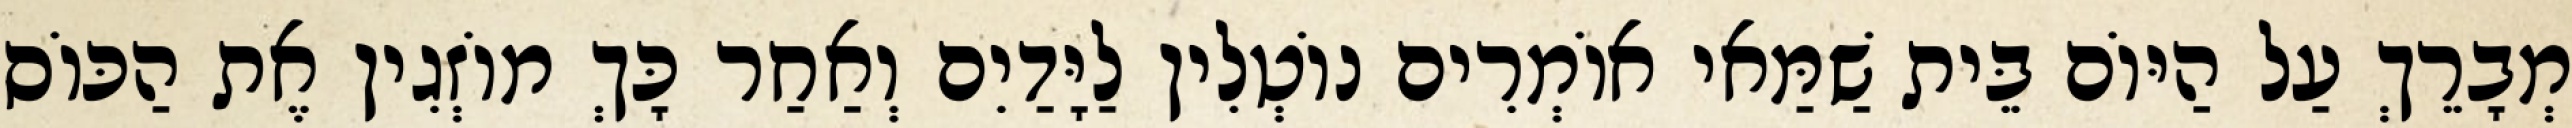
מְבָרֵךְ עַל הַיּוֹם בֵּית שַׁמַּאי אוֹמְרִים נוֹטְלִין לַיָּדַיִם וְאַחַר כָּךְ מוֹזְגִין אֶת הַכּוֹס